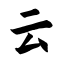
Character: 云